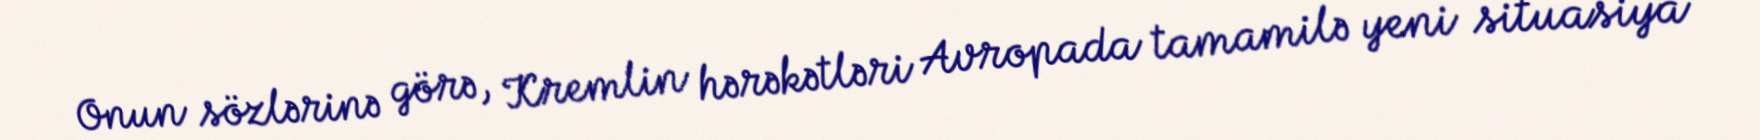
Onun sözlərinə görə, Kremlin hərəkətləri Avropada tamamilə yeni situasiya